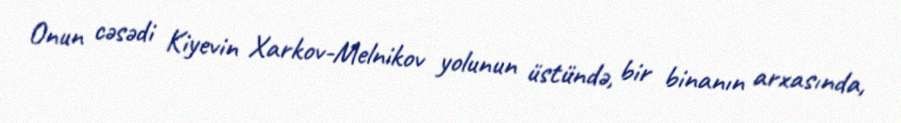
Onun cəsədi Kiyevin Xarkov-Melnikov yolunun üstündə, bir binanın arxasında,